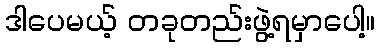
ဒါပေမယ့် တခုတည်းဖွဲ့ရမှာပေါ့။